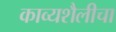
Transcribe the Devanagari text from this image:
काव्यशैलीचा